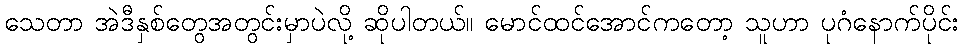
သေတာ အဲဒီနှစ်တွေအတွင်းမှာပဲလို့ ဆိုပါတယ်။ မောင်ထင်အောင်ကတော့ သူဟာ ပုဂံနောက်ပိုင်း